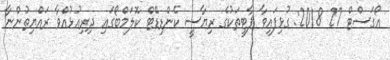
އޯގަސްޓް 27 2018: ގުޅިފައިވާ ޕާޓީތަކުގެ ރިޔާސީ ކެންޑިޑޭޓް ކޮލަމްބޯގައި ދިރިއުޅުއްވާ ރައްޔިތުންނާ